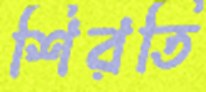
শিরতি